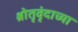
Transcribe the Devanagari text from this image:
श्रोतृवृंदाच्या